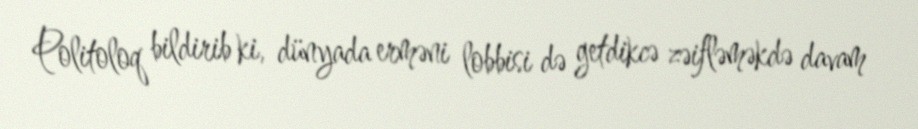
Politoloq bildirib ki, dünyada erməni lobbisi də getdikcə zəifləməkdə davam